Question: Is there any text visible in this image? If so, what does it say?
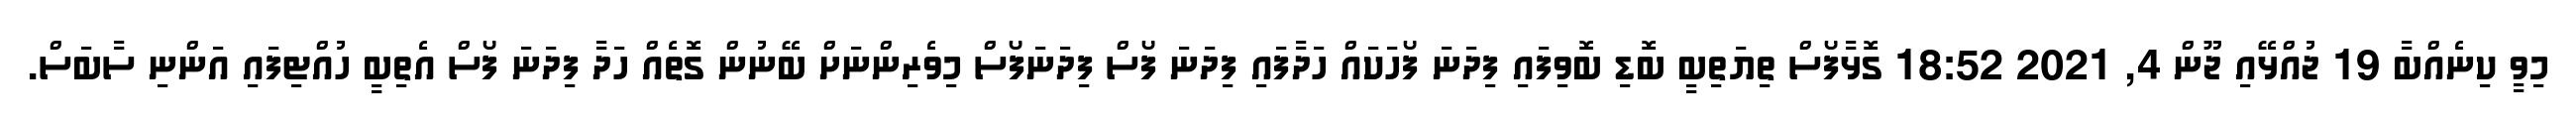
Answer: މިވީ ކިނެއްބާ 19 ޖުއްޅޭއި ޖޫން 4, 2021 18:52 ގޮޅާފޯސް ތިޔަތިބީ ބޮޑި ބޮވިފައި ފިދަނަ ފޯހަކައް ހަދާފައި ފިދަނަ ފޯސް ފިދަނަފޯސް މިވެރިންނަށް ބޭނުން ގޮތެއް ހަދާ ފިދަނަ ފޯސް އެތިބީ ހުއްޓިފައި އަންނި ސާބަސް.